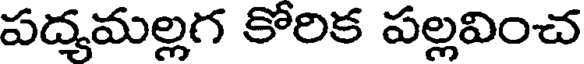
పద్యమల్లగ కోరిక పల్లవించ